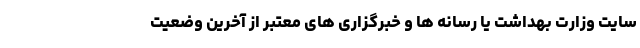
سایت وزارت بهداشت یا رسانه ها و خبرگزاری های معتبر از آخرین وضعیت